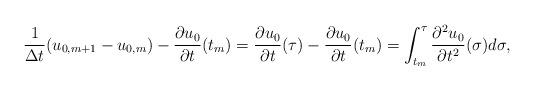
LaTeX: \begin{align*}{1\over\Delta t}(u_{0,m+1}-u_{0,m})-{\partial u_0\over\partial t}(t_m)={\partial u_0\over\partial t}(\tau)-{\partial u_0\over\partial t}(t_m)=\int_{t_m}^\tau{\partial^2u_0\over\partial t^2}(\sigma)d\sigma,\end{align*}